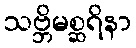
သဗ္ဘိမစ္ဆရိနာ